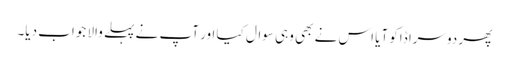
پھر دوسرا ڈاکو آیا اس نے بھی وہی سوال کیا اور آپ نے پہلے والا جواب دیا۔